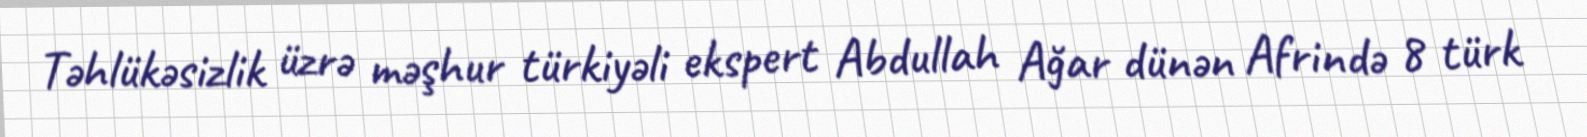
Təhlükəsizlik üzrə məşhur türkiyəli ekspert Abdullah Ağar dünən Afrində 8 türk